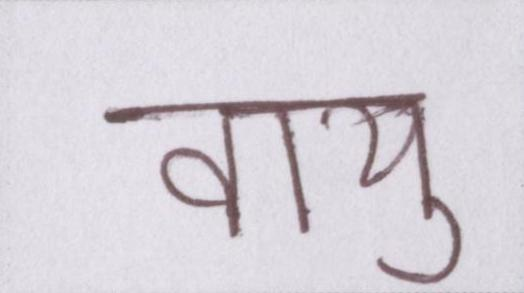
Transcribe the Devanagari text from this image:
वायु